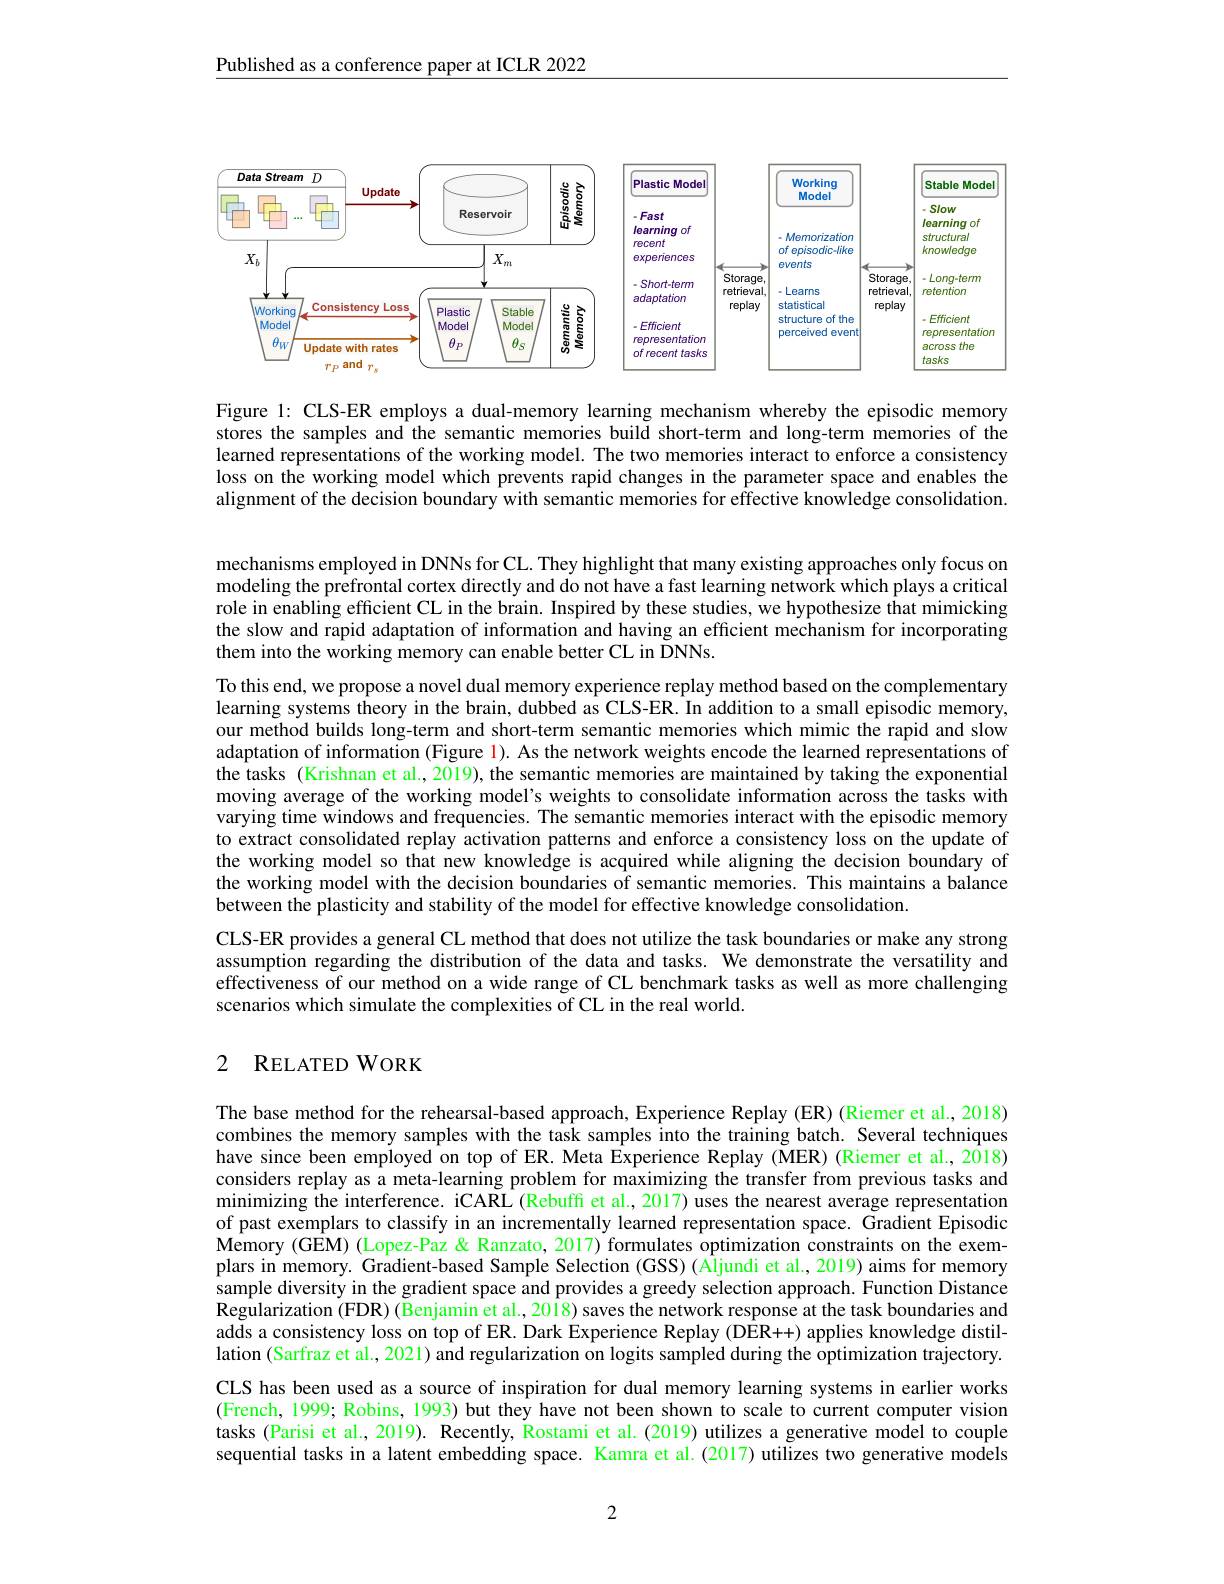
Published as a conference paper at ICLR 2022

<FigureHere>

Figure l: CLS-ER employs a dual-memory learning mechanism whereby the episodic memory stores the samples and the semantic memories build short-term and long-term memories of the learned representations of the working model. The two memories interact to enforce a consistency loss on the working model which prevents rapid changes in the parameter space and enables the alignment of the decision boundary with semantic memories for effective knowledge consolidation.

mechanisms employed in DNNs for CL. They highlight that many existing approaches only focus on modeling the prefrontal cortex directly and do not have a fast learning network which plays a critical role in enabling efficient CL in the brain. Inspired by these studies, we hypothesize that mimicking the slow and rapid adaptation of information and having an efficient mechanism for incorporating them into the working memory can enable better CL in ÕNNs.
To this end, we propose a novel dual memory experience replay method based on the complementary learning systems theory in the brain, dubbed as CLS-ER. In addition to a small episodic memory, our method builds long-term and short-term semantic memories which mimic the rapid and slow adaptation of information (Figure 1). As the network weights encode the learned representations of $\hat{\text{the tasks (Krishnan et al.,2019), the semantic memories are maintained by taking the exponential}}$ moving average of the working model's weights to consolidate information across the tasks with varying time windows and frequencies. The semantic memories interact with the episodic memory to extract consolidated replay activation patterns and enforce a consistency loss on the update of the working model so that new knowledge is acquired while aligning the decision boundary of the working model with the decision boundaries of semantic memories. This maintains a balance between the plasticity and stability of the model for effective knowledge consolidation.
CLS-ER provides a general CL method that does not utilize the task boundaries or make any strong assumption regarding the distribution of the data and tasks. We demonstrate the versatility and effectiveness of our method on a wide range of CL benchmark tasks as well as more challenging

scenarios which simulate the complexities of CL in the real world.

## 2 RELATEDWORK

The base method for the rehearsal-based approach, Experience Replay (ER) (Riemer et al., 2018) combines the memory samples with the task samples into the training batch. Several techniques have since been employed on top of ER. Meta Experience Replay (MER) (Riemer et al., 2018) considers replay as a meta-learning problem for maximizing the transfer from previous tasks and minimizing the interference. iCARL (Rebuffi et al., 2017) uses the nearest average representation of past exemplars to classify in an incrementally learned representation space. Gradient Episodic Memory (GEM) (Lopez-Paz & Ranzato, 2017) formulates optimization constraints on the exemplars in memory. Gradient-based Sample Selection (GSS) (Åljundi et al., 2019) aims for memory $\hat{\text{sample diversity in the gradient space and provides a greedy selection approach. Function Distance}}$ Regularization (FDR) (Benjamin et al.,2018) saves the network response at the task boundaries and adds a consistency loss on top of ER. Dark Experience Replay (DÊR++) applies knowledge distillation (Sarfraz et al., 2021) and regularization on logits sampled during the optimization trajectory. CLS has been used as a source of inspiration for dual memory learning systems in earlier works (French, 1999; Robins, 1993) but they have not been shown to scale to current computer vision tasks (Parisi et al., 2019). Recently, Rostami et al.(2019) utilizes a generative model to couple sequential tasks in a latent embedding space. Kamra et al.(2017) utilizes two generative models

2